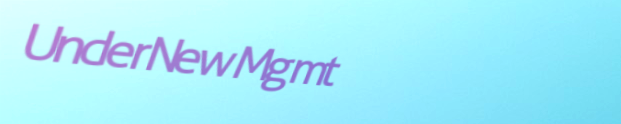
UnderNewMgmt